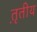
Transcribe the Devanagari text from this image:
त़ृतीय